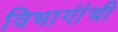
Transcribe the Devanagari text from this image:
विभागांंची